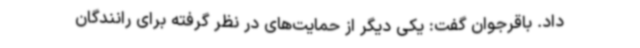
داد. باقرجوان گفت: یکی دیگر از حمایت‌های در نظر گرفته برای رانندگان